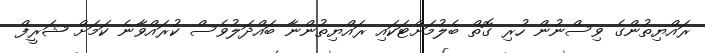
ރައްޔިތުންގެ ވިސްނުން ހުރި ގޮތް ބެލުމަށްޓަކައި ރައްޔިތުންނާ ބައްދަލުވެސް ކުރައްވާނެ ކަމަށް ޝަރީފް